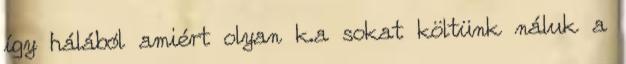
így hálából amiért olyan k.a sokat költünk náluk a